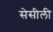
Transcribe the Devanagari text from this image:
सेसीली